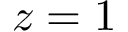
z = 1